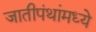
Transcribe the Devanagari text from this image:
जातीपंथांमध्ये